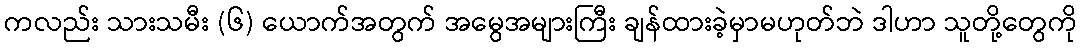
ကလည်း သားသမီး (၆) ယောက်အတွက် အမွေအများကြီး ချန်ထားခဲ့မှာမဟုတ်ဘဲ ဒါဟာ သူတို့တွေကို